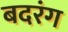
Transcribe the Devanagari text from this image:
बदरंग